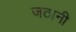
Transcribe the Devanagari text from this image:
जठानी